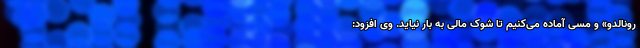
رونالدو» و مسی آماده می‌کنیم تا شوک مالی به بار نیاید. وی افزود: